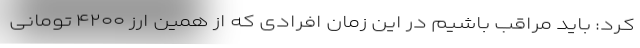
کرد: باید مراقب باشیم در این زمان افرادی که از همین ارز ۴۲۰۰ تومانی